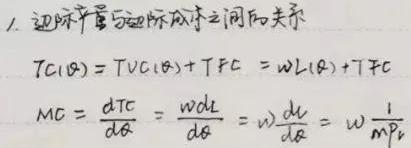
1. 边际产量与边际成本之间的关系
\[
\begin{align*}
TC(Q)&=TVC(Q)+TFC = wL(Q)+TFC\\
MC&=\frac{dTC}{dQ}=\frac{wdL}{dQ}=w\frac{dL}{dQ}=w\frac{1}{MP_{L}}
\end{align*}
\]